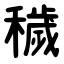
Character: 穢